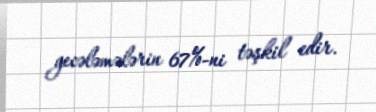
gecələmələrin 67%-ni təşkil edir.